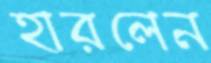
হারলেন